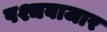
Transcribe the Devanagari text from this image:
पश्चबाजार